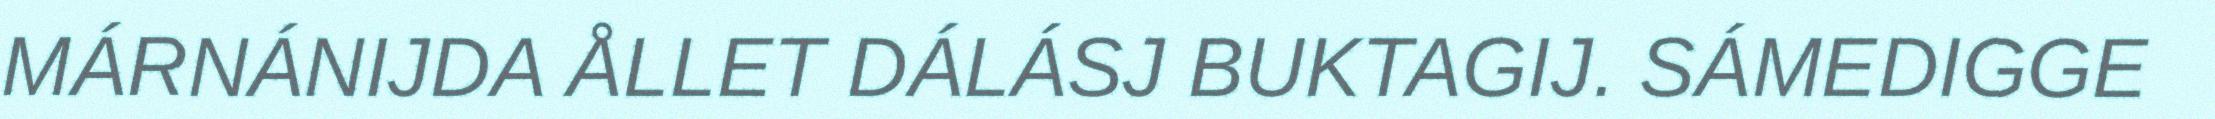
MÁRNÁNIJDA ÅLLET DÁLÁSJ BUKTAGIJ. SÁMEDIGGE